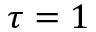
\tau = 1